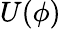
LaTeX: U(\phi)